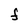
Character: F